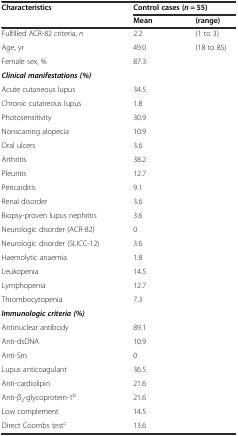
| <ROWSPAN=2> Characteristics | <COLSPAN=2> Control cases (n = 55) |
 | Mean | (range) |
 | --- | --- | --- |
 | Fulfilled ACR-82 criteria, n | 2.2 | (1 to 3) |
 | Age, yr | 49.0 | (18 to 85) |
 | Female sex, % | <COLSPAN=2> 87.3 |
 | Clinical manifestations (%) | <COLSPAN=2>  |
 | Acute cutaneous lupus | <COLSPAN=2> 34.5 |
 | Chronic cutaneous lupus | <COLSPAN=2> 1.8 |
 | Photosensitivity | <COLSPAN=2> 30.9 |
 | Nonscarring alopecia | <COLSPAN=2> 10.9 |
 | Oral ulcers | <COLSPAN=2> 3.6 |
 | Arthritis | <COLSPAN=2> 38.2 |
 | Pleuritis | <COLSPAN=2> 12.7 |
 | Pericarditis | <COLSPAN=2> 9.1 |
 | Renal disorder | <COLSPAN=2> 3.6 |
 | Biopsy-proven lupus nephritis | <COLSPAN=2> 3.6 |
 | Neurologic disorder (ACR-82) | <COLSPAN=2> 0 |
 | Neurologic disorder (SLICC-12) | <COLSPAN=2> 3.6 |
 | Haemolytic anaemia | <COLSPAN=2> 1.8 |
 | Leukopenia | <COLSPAN=2> 14.5 |
 | Lymphopenia | <COLSPAN=2> 12.7 |
 | Thrombocytopenia | <COLSPAN=2> 7.3 |
 | Immunologic criteria (%) | <COLSPAN=2>  |
 | Antinuclear antibody | <COLSPAN=2> 89.1 |
 | Anti-dsDNA | <COLSPAN=2> 10.9 |
 | Anti-Sm | <COLSPAN=2> 0 |
 | Lupus anticoagulant | <COLSPAN=2> 36.5 |
 | Anti-cardiolipin | <COLSPAN=2> 21.6 |
 | Anti-β2-glycoprotein-1b | <COLSPAN=2> 21.6 |
 | Low complement | <COLSPAN=2> 14.5 |
 | Direct Coombs testc | <COLSPAN=2> 13.6 |